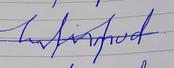
Signature authenticity: forged